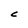
Character: C